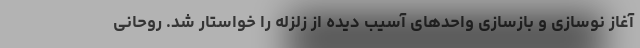
آغاز نوسازی و بازسازی واحدهای آسیب دیده از زلزله را خواستار شد. روحانی